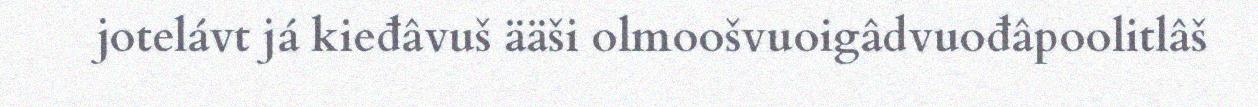
jotelávt já kieđâvuš ääši olmoošvuoigâdvuođâpoolitlâš